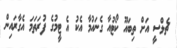
ޗެލްސީ އަށް ތިބައޫ ކޯޓުއާ ގެނައުމާ އެކު އެ ޓީމުގެ ފުރަތަމަ އެގާރައިން